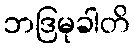
ဘဒြမုခါတိ